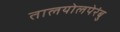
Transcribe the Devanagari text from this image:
तालयोलपेरंबु